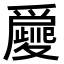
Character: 𤔿